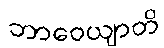
ဘာဝေယျာတိ